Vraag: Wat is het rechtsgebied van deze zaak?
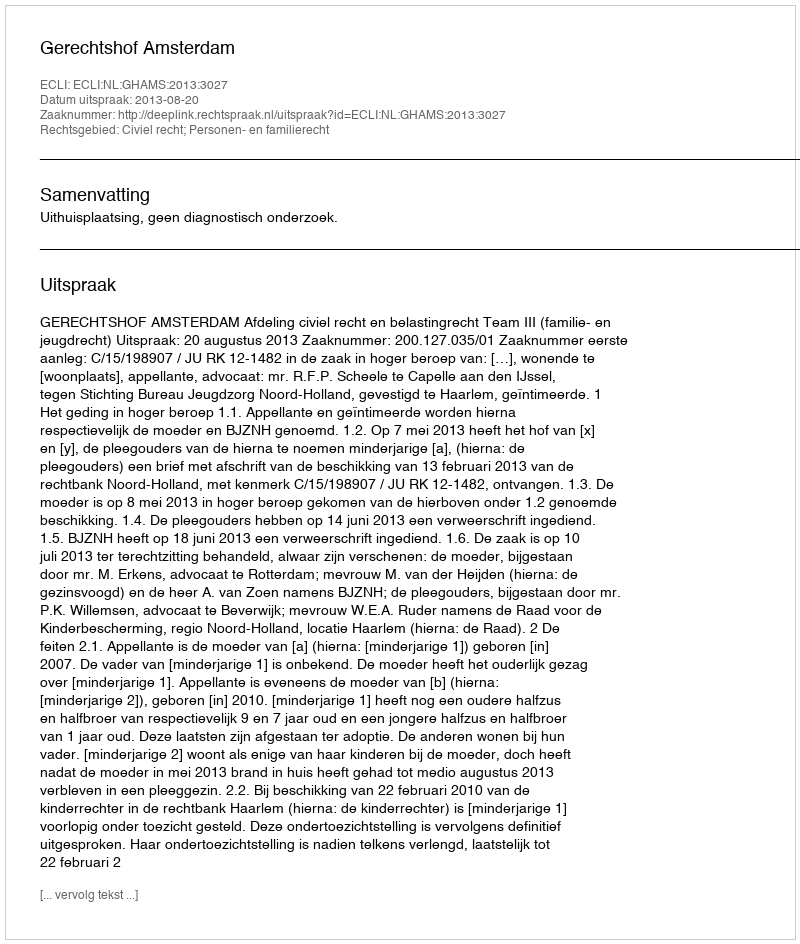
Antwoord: Civiel recht; Personen- en familierecht